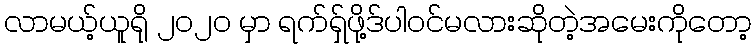
လာမယ့်ယူရို ၂၀၂၀ မှာ ရက်ရှ်ဖို့ဒ်ပါဝင်မလားဆိုတဲ့အမေးကိုတော့